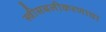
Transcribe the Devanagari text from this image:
स्त्रीसबलीकरणाचा